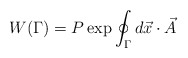
\begin{align*}W(\Gamma) = P \exp \oint_{\Gamma} d\vec{x}\cdot \vec{A}\end{align*}